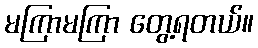
မကြာမကြာ တွေ့ရတယ်။